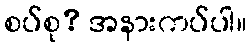
စပ်စု? အနားကပ်ပါ။